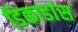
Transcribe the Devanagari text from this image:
डिकाडांस